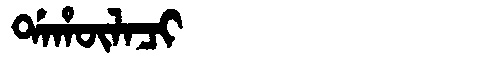
Manchu: ᡩᠠᡥᡡᠯᠠᠴᡳ
Romanization: DAHŪLACI